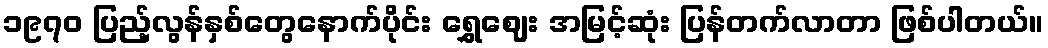
၁၉၇၀ ပြည့်လွန်နှစ်တွေနောက်ပိုင်း ရွှေဈေး အမြင့်ဆုံး ပြန်တက်လာတာ ဖြစ်ပါတယ်။